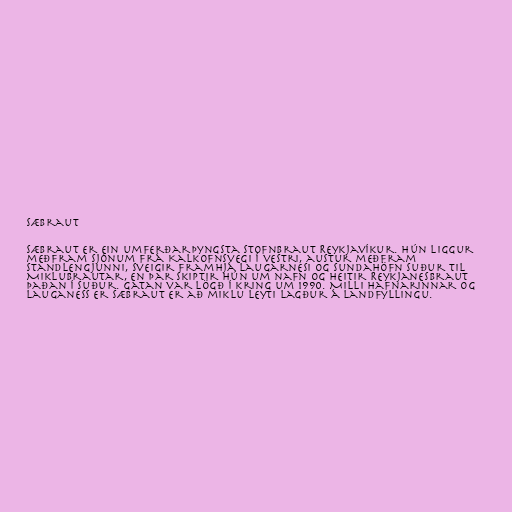
Sæbraut

Sæbraut er ein umferðarþyngsta stofnbraut Reykjavíkur. Hún liggur
meðfram sjónum frá Kalkofnsvegi í vestri, austur meðfram
standlengjunni, sveigir framhjá Laugarnesi og Sundahöfn suður til
Miklubrautar, en þar skiptir hún um nafn og heitir Reykjanesbraut
þaðan í suður. Gatan var lögð í kring um 1990. Milli hafnarinnar og
Lauganess er Sæbraut er að miklu leyti lagður á landfyllingu.